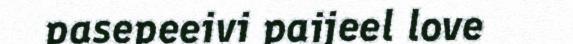
pasepeeivi paijeel love